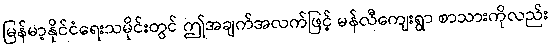
မြန်မာ့နိုင်ငံရေးသမိုင်းတွင် ဤအချက်အလက်ဖြင့် မန်လီကျေးရွာ စာသားကိုလည်း